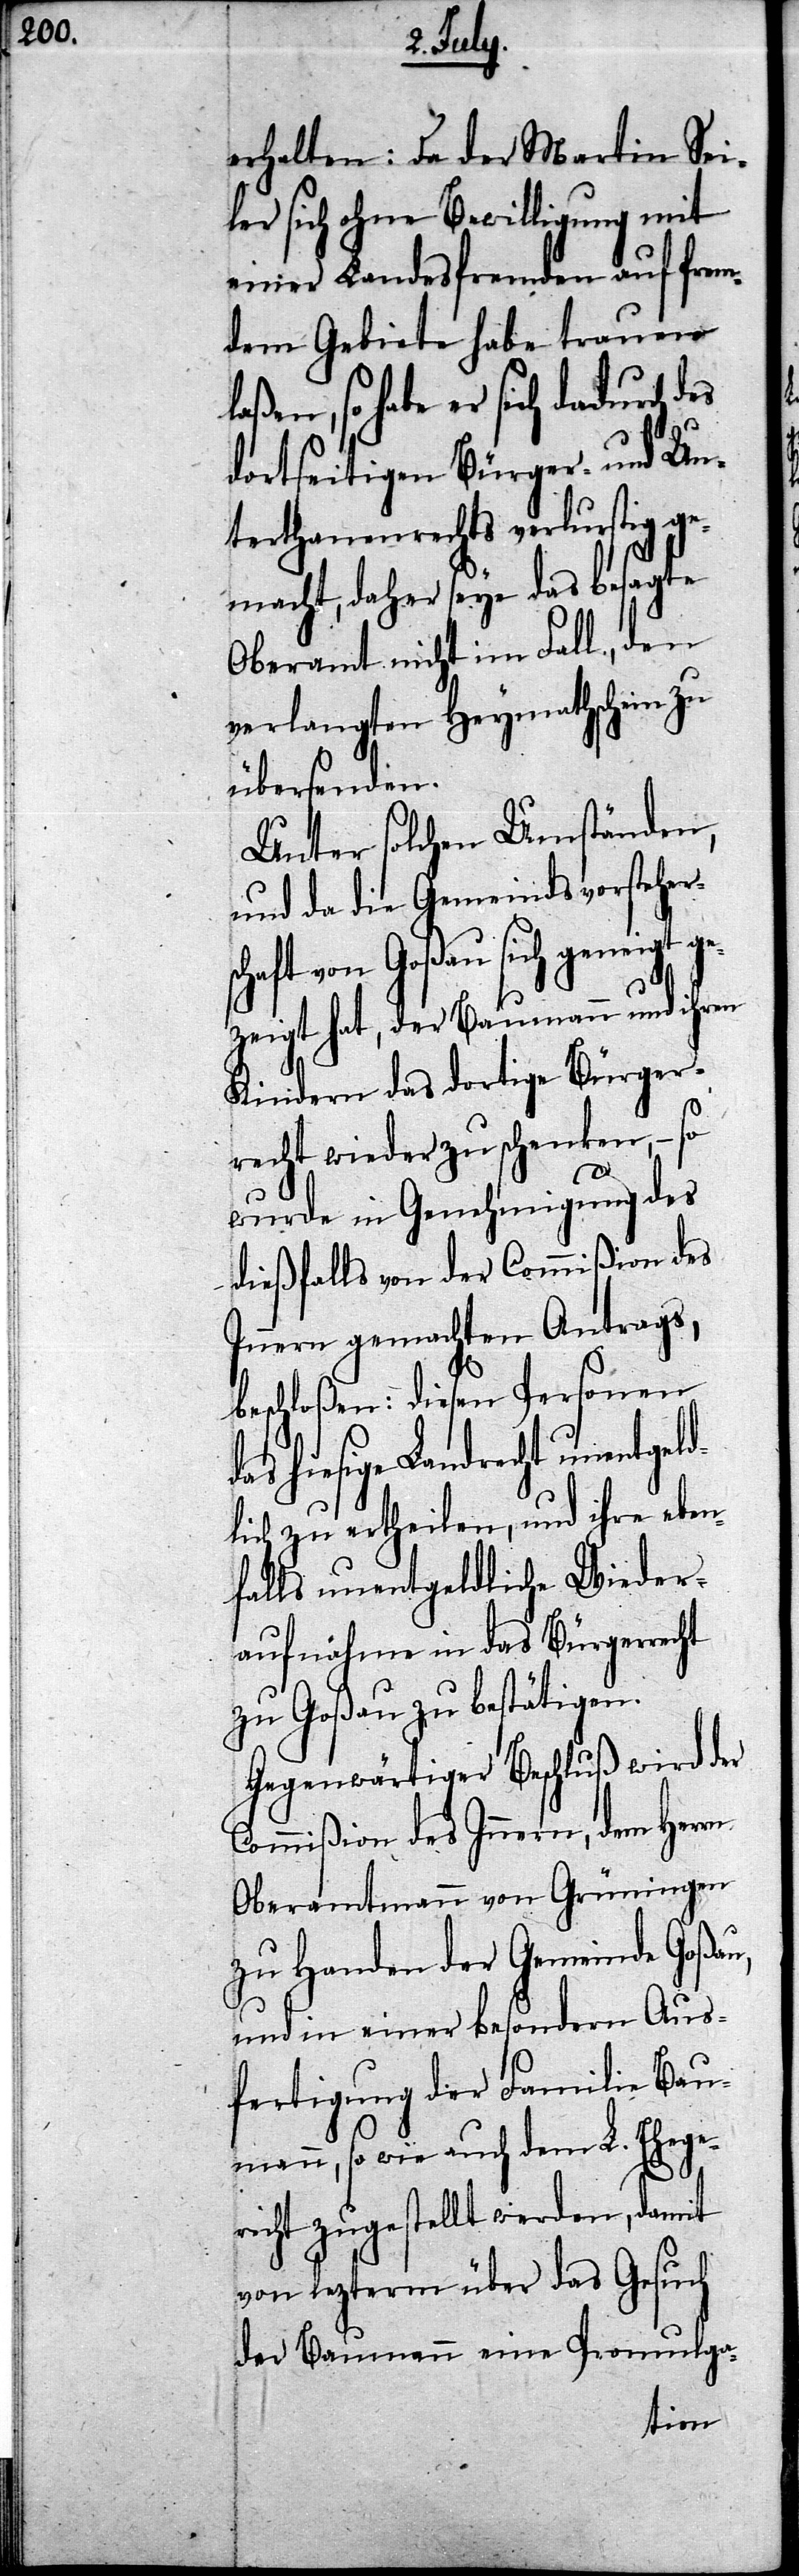
erhalten: da der Martin Sei¬
ler sich ohne Bewilligung mit
einer Landesfremden auf frem¬
den Gebiete habe trauen l¬
aßen, so habe er sich dadurch
dortseitigen Bürger- und Un¬
terthanenrechts verlurstig ge¬
macht, daher seye das besagte
Oberamt nicht im Fall, den
verlangten Heymathschein zu
übersenden.
Unter solchen Umständen,
und da die Gemeindsvorsteher¬
chaft von Goßau sich geneigt
gezeigt hat, der Baumann und ihren
Kindern das dortige Bürger¬
recht wieder zu schenken, – so
d¬
wurde in Genehmigung des
dießfalls von der Commißion des
Innern gemachten Antrags,
beschloßen: diesen Personen
hiesige Landrecht unentgel¬
lich zu ertheilen, und ihre eben¬
falls unentgeldliche Wieder¬
aufnahme in das Bürgerrecht
zu Goßau zu bestätigen.
Gegenwärtiger Beschluß wird der
Commißion des Innern, dem Herrn
Oberamtmann von Grüningen
zu Handen der Gemeinde Goßau,
und in einer besondern Aus¬
fertigung der Familie Bau¬
mann, so wie auch dem L. Ehege¬
richt zugestellt werden, damit
von lezterm über das Gesuch
des Baumann eine Promulga-